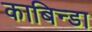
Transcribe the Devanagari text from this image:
काबिन्डा